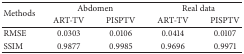
| <ROWSPAN=2> Methods | <COLSPAN=2> Abdomen | <COLSPAN=2> Real data |
 | ART-TV | PISPTV | ART-TV | PISPTV |
 | --- | --- | --- | --- | --- |
 | RMSE | 0.0303 | 0.0106 | 0.0414 | 0.0107 |
 | SSIM | 0.9877 | 0.9985 | 0.9696 | 0.9971 |